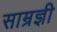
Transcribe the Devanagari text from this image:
साम्रज्ञी